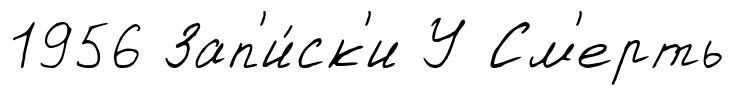
1956 Зап'и́ск'и У См'ерть